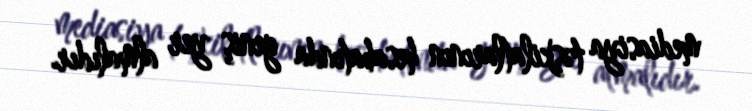
mediasiya təşkilatlarının hesabatında geniş yer almalıdır.